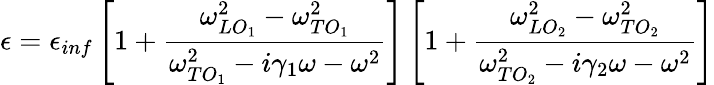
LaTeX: \epsilon=\epsilon_{inf}\left[1+\frac{\omega_{LO_{1}}^{2}-\omega_{TO_{1}}^{2}}{\omega_{TO_{1}}^{2}-i\gamma_{1}\omega-\omega^{2}}\right]\left[1+\frac{\omega_{LO_{2}}^{2}-\omega_{TO_{2}}^{2}}{\omega_{TO_{2}}^{2}-i\gamma_{2}\omega-\omega^{2}}\right]